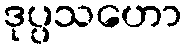
ဒုပ္ပသဟော